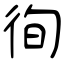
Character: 徇